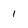
Character: 1